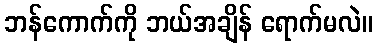
ဘန်ကောက်ကို ဘယ်အချိန် ရောက်မလဲ။